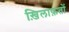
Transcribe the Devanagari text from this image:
ख़िलाफ़तों